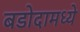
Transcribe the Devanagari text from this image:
बडोदामध्ये